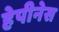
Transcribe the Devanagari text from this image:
हेपीनेस